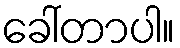
ခေါ်တာပါ။